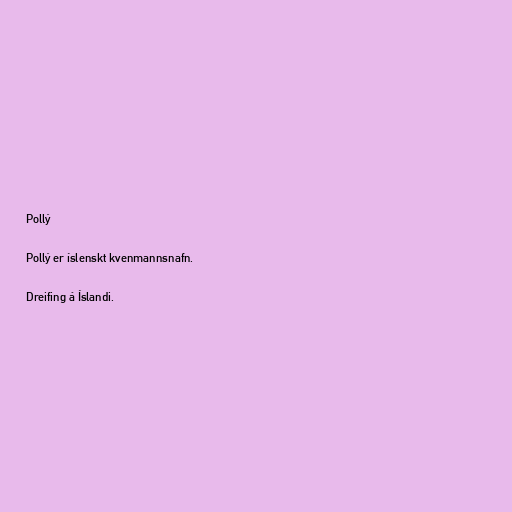
Pollý

Pollý er íslenskt kvenmannsnafn.

Dreifing á Íslandi.